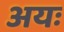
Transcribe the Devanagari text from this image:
अयः